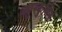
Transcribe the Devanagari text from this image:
क्युरकुमिन